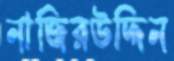
নাজিরউদ্দিন